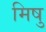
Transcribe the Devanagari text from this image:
मिषु